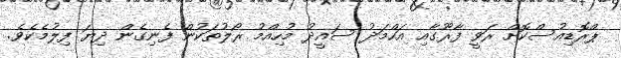
ޕްރޮޑިއުސްކޮށް ރަވީ ފާރޫގާއި އަހްމަދު ސައީދު މުހިއްމު ރޯލުތަކުން ފެނިގެން ދިޔަ ފިލުމެކެވެ.